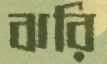
ঝরি